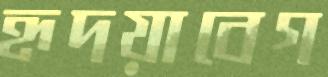
হৃদয়াবেগ